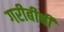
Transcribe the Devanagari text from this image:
गरीबीची